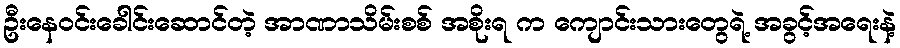
ဦးနေဝင်းခေါင်းဆောင်တဲ့ အာဏာသိမ်းစစ် အစိုးရ က ကျောင်းသားတွေရဲ့ အခွင့်အရေးနဲ့